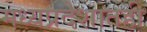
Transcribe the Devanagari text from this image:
मध्यप्रदेशातही